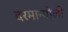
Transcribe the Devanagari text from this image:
दरमान्योली